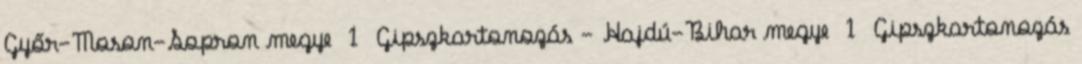
Győr-Moson-Sopron megye 1 Gipszkartonozás - Hajdú-Bihar megye 1 Gipszkartonozás